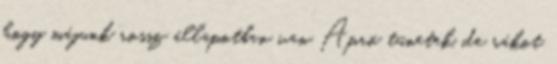
hogy májunk rossz állapotban van Apró tünetek, de rákot